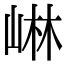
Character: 崊